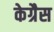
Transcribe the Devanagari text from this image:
केग्रैस